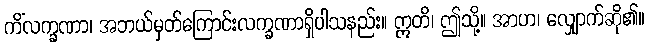
ကိံလက္ခဏာ၊ အဘယ်မှတ်ကြောင်းလက္ခဏာရှိပါသနည်း။ ဣတိ၊ ဤသို့။ အာဟ၊ လျှောက်ဆို၏။